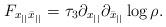
LaTeX: \begin{align*}F_{x_{||}\bar x_{||}}=\tau_3\partial_{x_{||}}\partial_{\bar x_{||}}\log\rho.\end{align*}